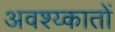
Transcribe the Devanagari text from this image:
अवश्य्कातों